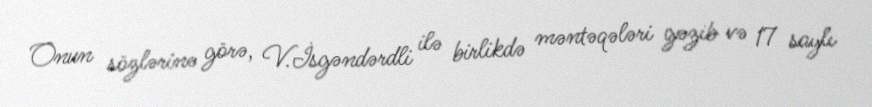
Onun sözlərinə görə, V.İsgəndərdli ilə birlikdə məntəqələri gəzib və 17 saylı